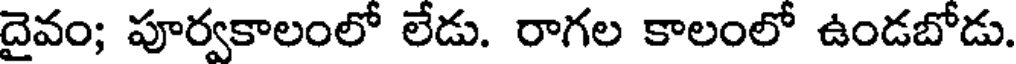
దైవం; పూర్వకాలంలో లేడు. రాగల కాలంలో ఉండబోడు.